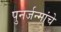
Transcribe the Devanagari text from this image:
पुनर्जन्मांचे